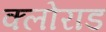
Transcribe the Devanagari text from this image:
क्लोराड